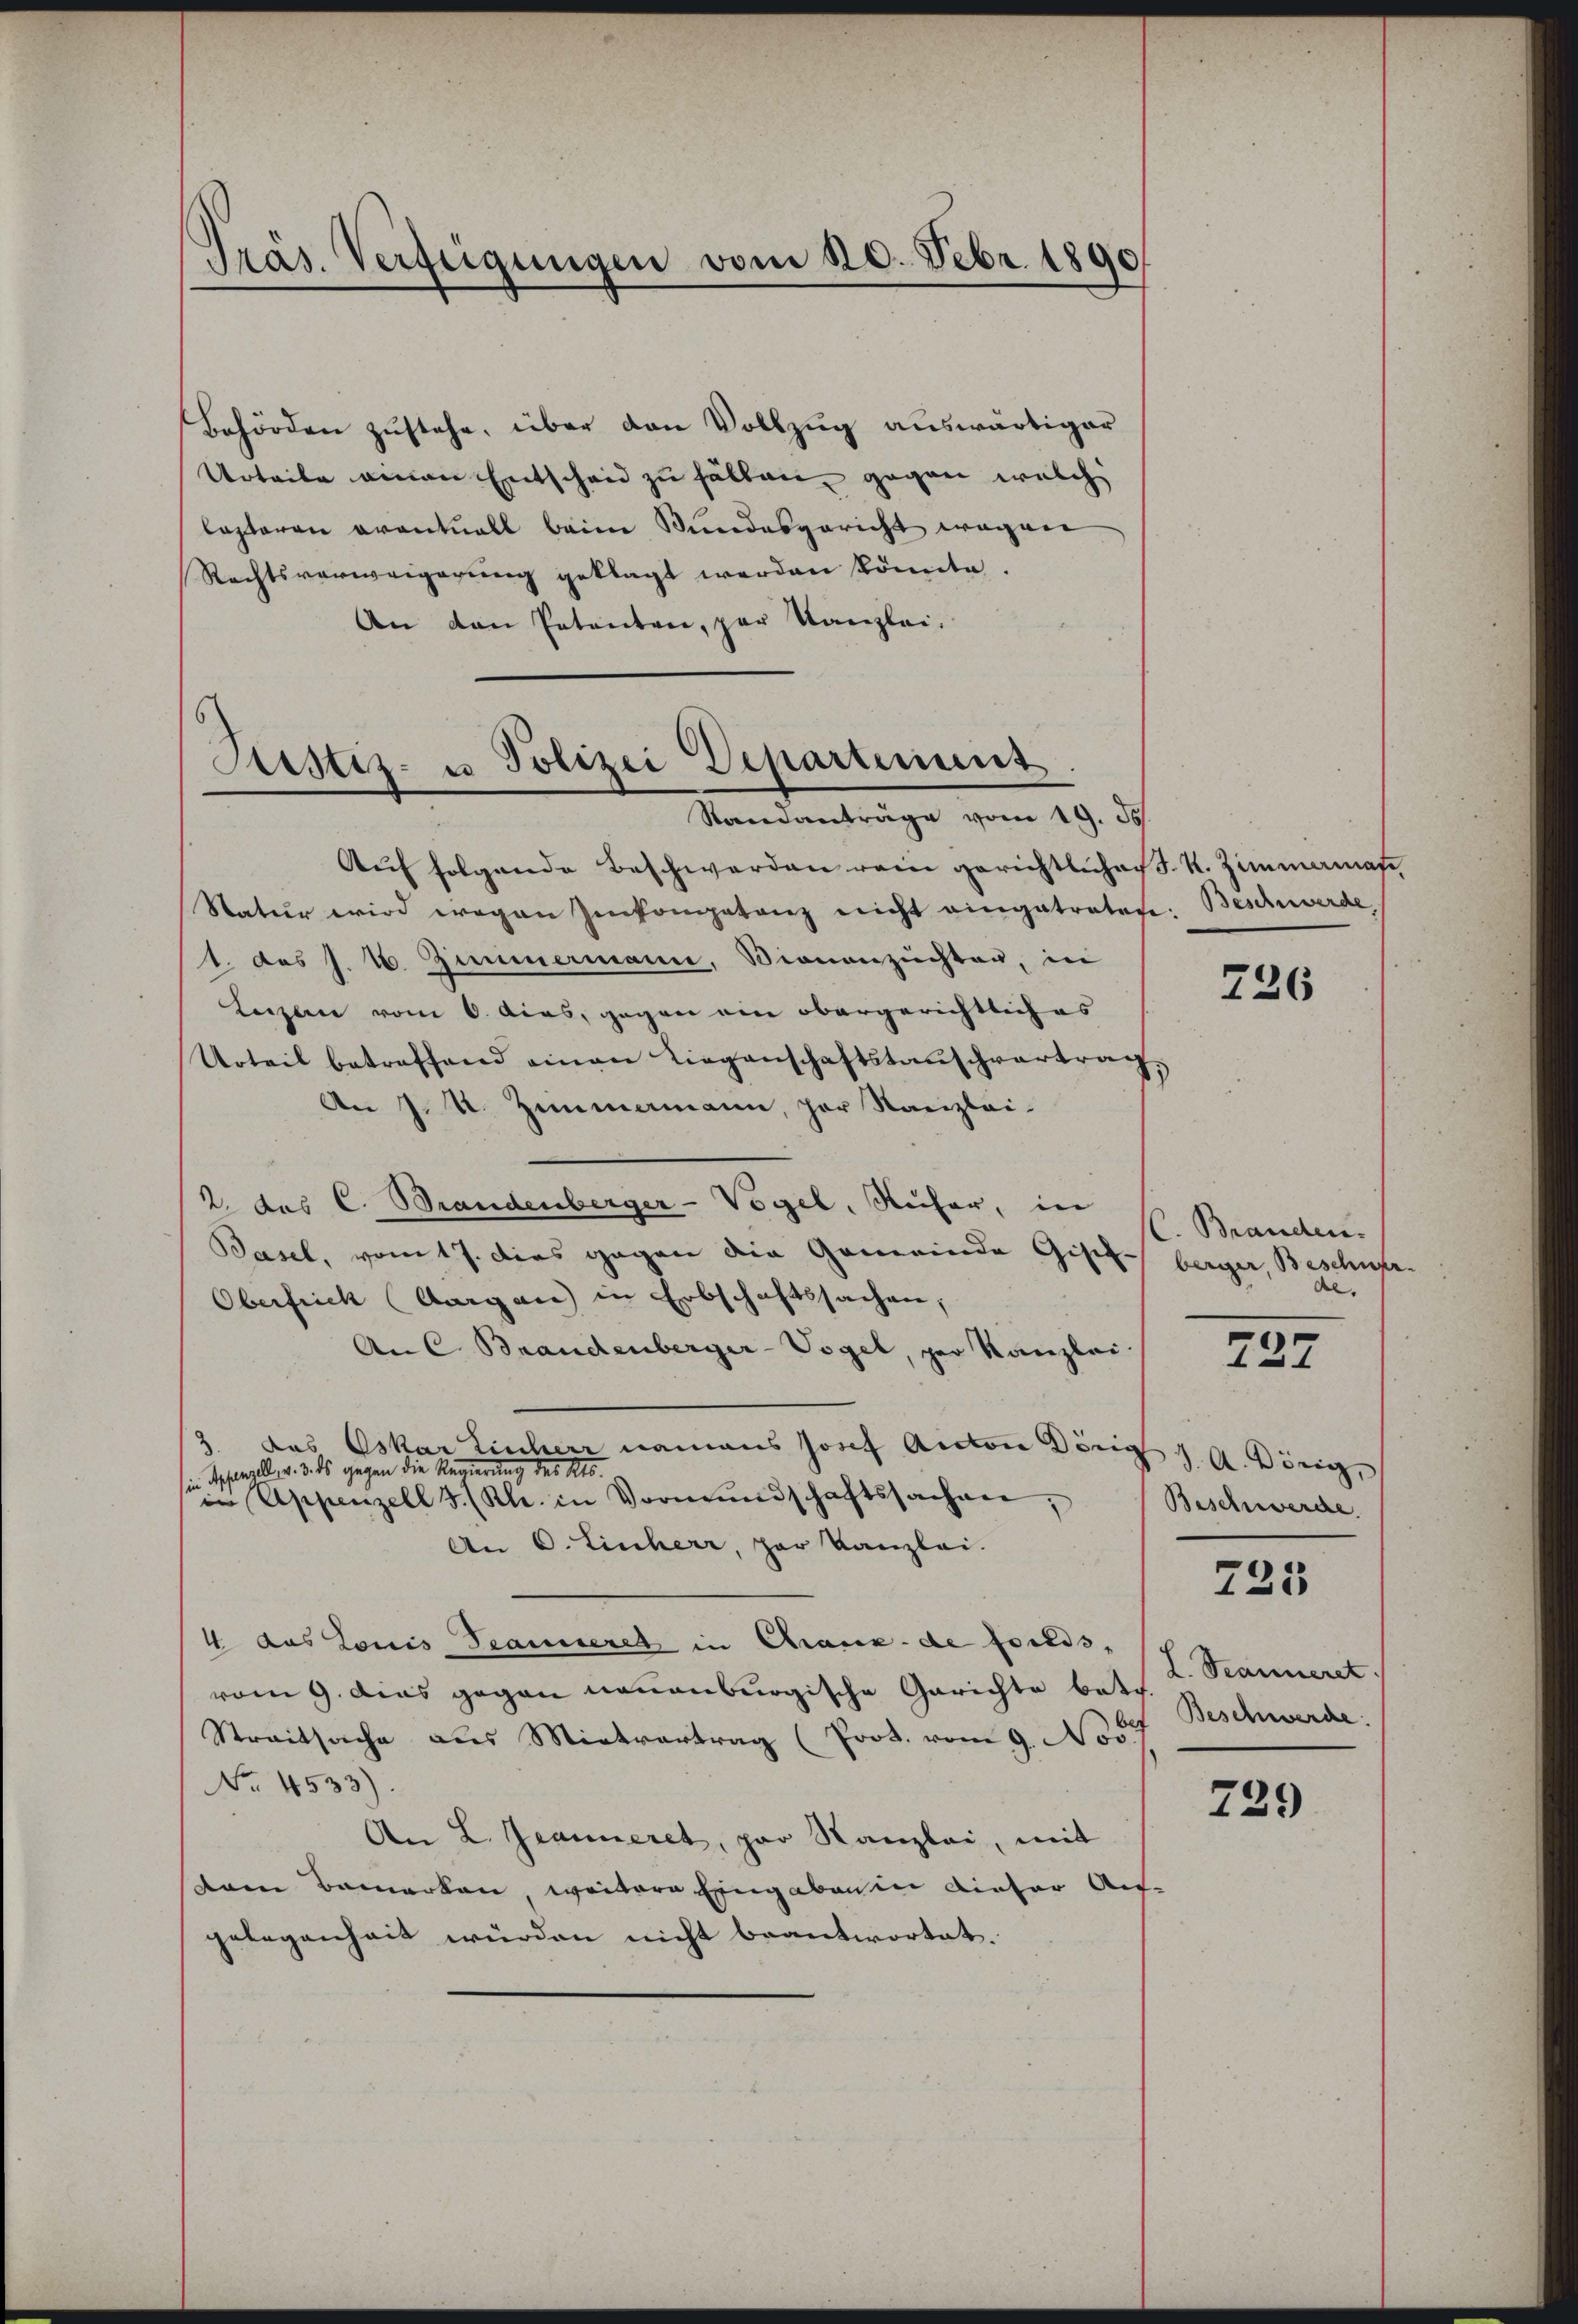
Präs. Verfügungen vom 20. Febr. 1890

Behörden zustehe, über den Vollzug auswärtiger
Urteile einen Entscheid zu fällen, gegen welche
lasteren eventuell beim Bundesgericht wegen
Rechtsverweigerung geklagt werden könnte.
An den Patenten, par Kanzlei.

Sistiz- u Polizei Departement.
Standanträge vom 19. Js.

Aŭf folgende Beschwerden rein gerichtlichen S. R. Zimmermas
Natur wird wegen Inkompetenz nicht eingetratete: Beschwerde
1. des J. J. Zimmermann, Sionanzichten, in
Leizerin vom 6. Acas, gegen ein obergerichtlich es
Urteil betreffend einen Liegenschaftstauschvertrag,
An J. R. Zimamann, per Kanzlei-
2. des C. Brandenberger-Vogel, Rucher, in
Basel, vom 17. dies gegen die Gemeinde Gisch-berger, Beschnpr
Oberfriek (Aargau) in Erbschaftssachen,
An C. Brandenberger-Vogel, per Kanzlei
2 das Eskar Einherr namens Josef Anton Dörig 1. A. König,
sin Appenzell, v. 3. ds gegen die Regierung des Kts.
 Appenzell I. (Bl. in Vormundschaftssachen,
An 6. Einherr, par Kanzlei.
4 das Louis Traunseret in Chaux-de foreds,
vom 9. dies gegen neuenburgische Gerichte betr
Streitsache aus Mietvertrag (Prot. vom 9. Nov.
No. 4533)
An L. Jeanneret, par Kanzlei, mit
dem Bemerken, weitere Eingaben in dieser Auf-
gelegenheit würden nicht beantwortet.

226

C. Branden.
.

737

Beschwerde.

725

L. Scanneret.
Beschwerde.

729